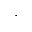
\cdot